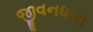
જીવનધારા